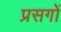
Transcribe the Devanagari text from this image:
प्रसगों